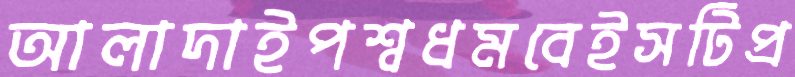
আলাদাইপশ্বধমবেইসটিপ্র